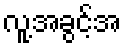
လူ့အခွင့်အ